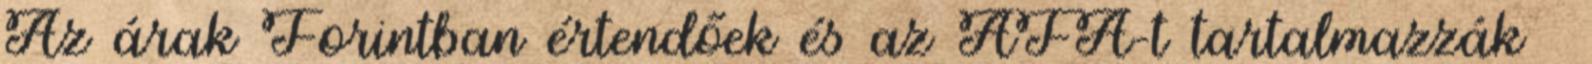
Az árak Forintban értendőek és az ÁFA-t tartalmazzák 🐇